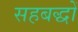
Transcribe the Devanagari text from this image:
सहबद्धों